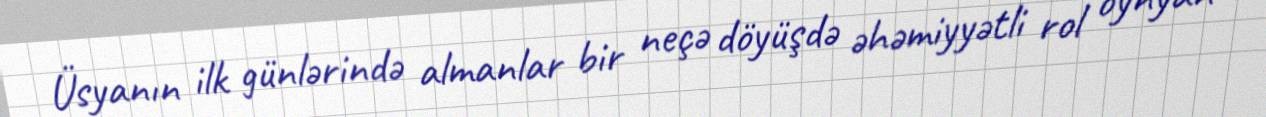
Üsyanın ilk günlərində almanlar bir neçə döyüşdə əhəmiyyətli rol oynyan